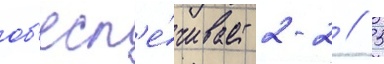
об'есп'е́чивает 2-2 // 5